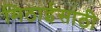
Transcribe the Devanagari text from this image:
मिठाईसाठी